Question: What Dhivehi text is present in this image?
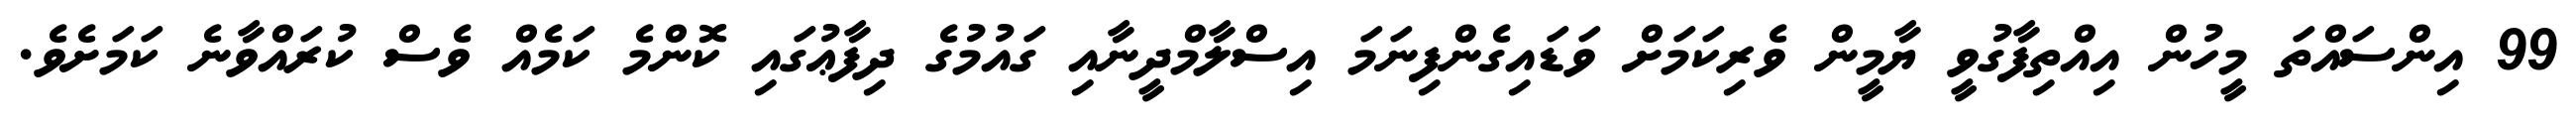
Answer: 99 އިންސައްތަ މީހުން އިއްތިފާގުވީ ޔާމީން ވެރިކަމަށް ވަޑައިގެންފިނަމަ އިސްލާމްދީނާއި ގައުމުގެ ދިފާޢުގައި ކޮންމެ ކަމެއް ވެސް ކުރައްވާނެ ކަމަށެވެ.